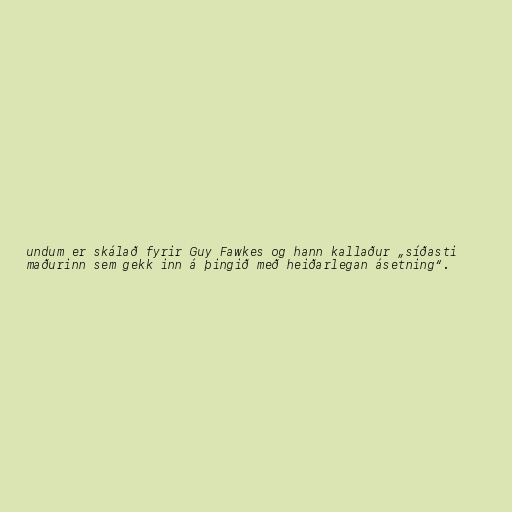
undum er skálað fyrir Guy Fawkes og hann kallaður „síðasti
maðurinn sem gekk inn á þingið með heiðarlegan ásetning“.